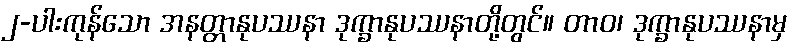
၂-ပါးကုန်သော အနတ္တာနုပဿနာ ဒုက္ခာနုပဿနာတို့တွင်။ တာဝ၊ ဒုက္ခာနုပဿနာမှ